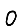
Digit: 0